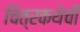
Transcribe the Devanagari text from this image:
चित्रकथेची